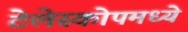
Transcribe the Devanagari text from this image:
टेलेस्कोपमध्ये